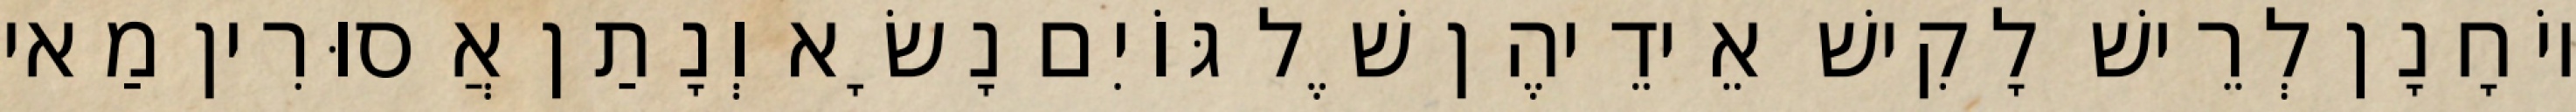
יוֹחָנָן לְרֵישׁ לָקִישׁ אֵידֵיהֶן שֶׁל גּוֹיִם נָשָׂא וְנָתַן אֲסוּרִין מַאי